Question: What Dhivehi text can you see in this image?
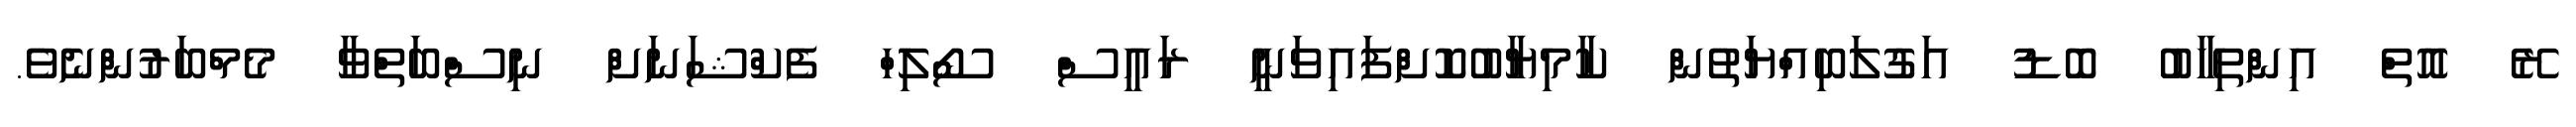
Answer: ރޭ އޮތް އިންތިހާބު ބޮޑު އަގުލަބިއްޔަތުން ކާމިޔާބުކޮށްފައިވަނީ ރައީސް ސޯޯލިހް ފެކްޝަނަށް ނިސްބަތްވާ މެމްބަރުންނެވެ.